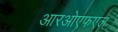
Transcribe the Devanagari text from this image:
आरओएफएल